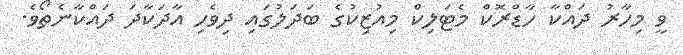
ވީ މިހާރު ދައްކާ ހާޑްރޮކް މެޓަލިކް މިއުޒިކުގެ ބަދަލުގައި ދިވެހި އާދަކާދަ ދައްކާނެތޯވެ.